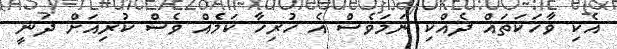
އެކި ވާހަކަތައް ދެއްކި ނަމަވެސް އެ ހުރިހާ ކަމެއް ވެސް ކުރިއަށް ދަނީ